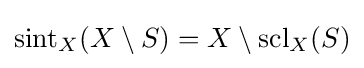
\operatorname {sint} _{X}(X\setminus S)=X\setminus \operatorname {scl} _{X}(S)